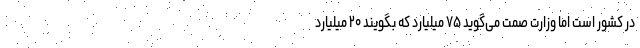
در کشور است اما وزارت صمت می‌گوید ۷۵ میلیارد که بگویند ۲۰ میلیارد